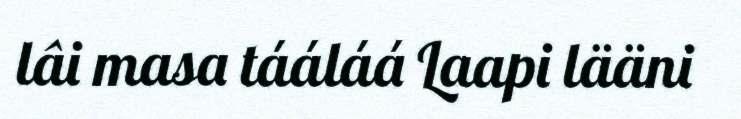
lâi masa tááláá Laapi lääni